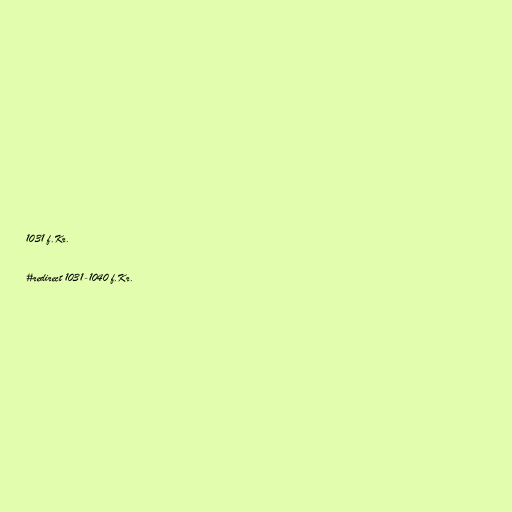
1031 f.Kr.

#redirect 1031-1040 f.Kr.